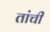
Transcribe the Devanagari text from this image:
तांची